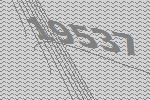
19537